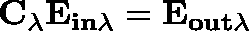
\mathbf { C _ { \lambda } } \mathbf { E _ { i n \lambda } } = \mathbf { E _ { o u t \lambda } }